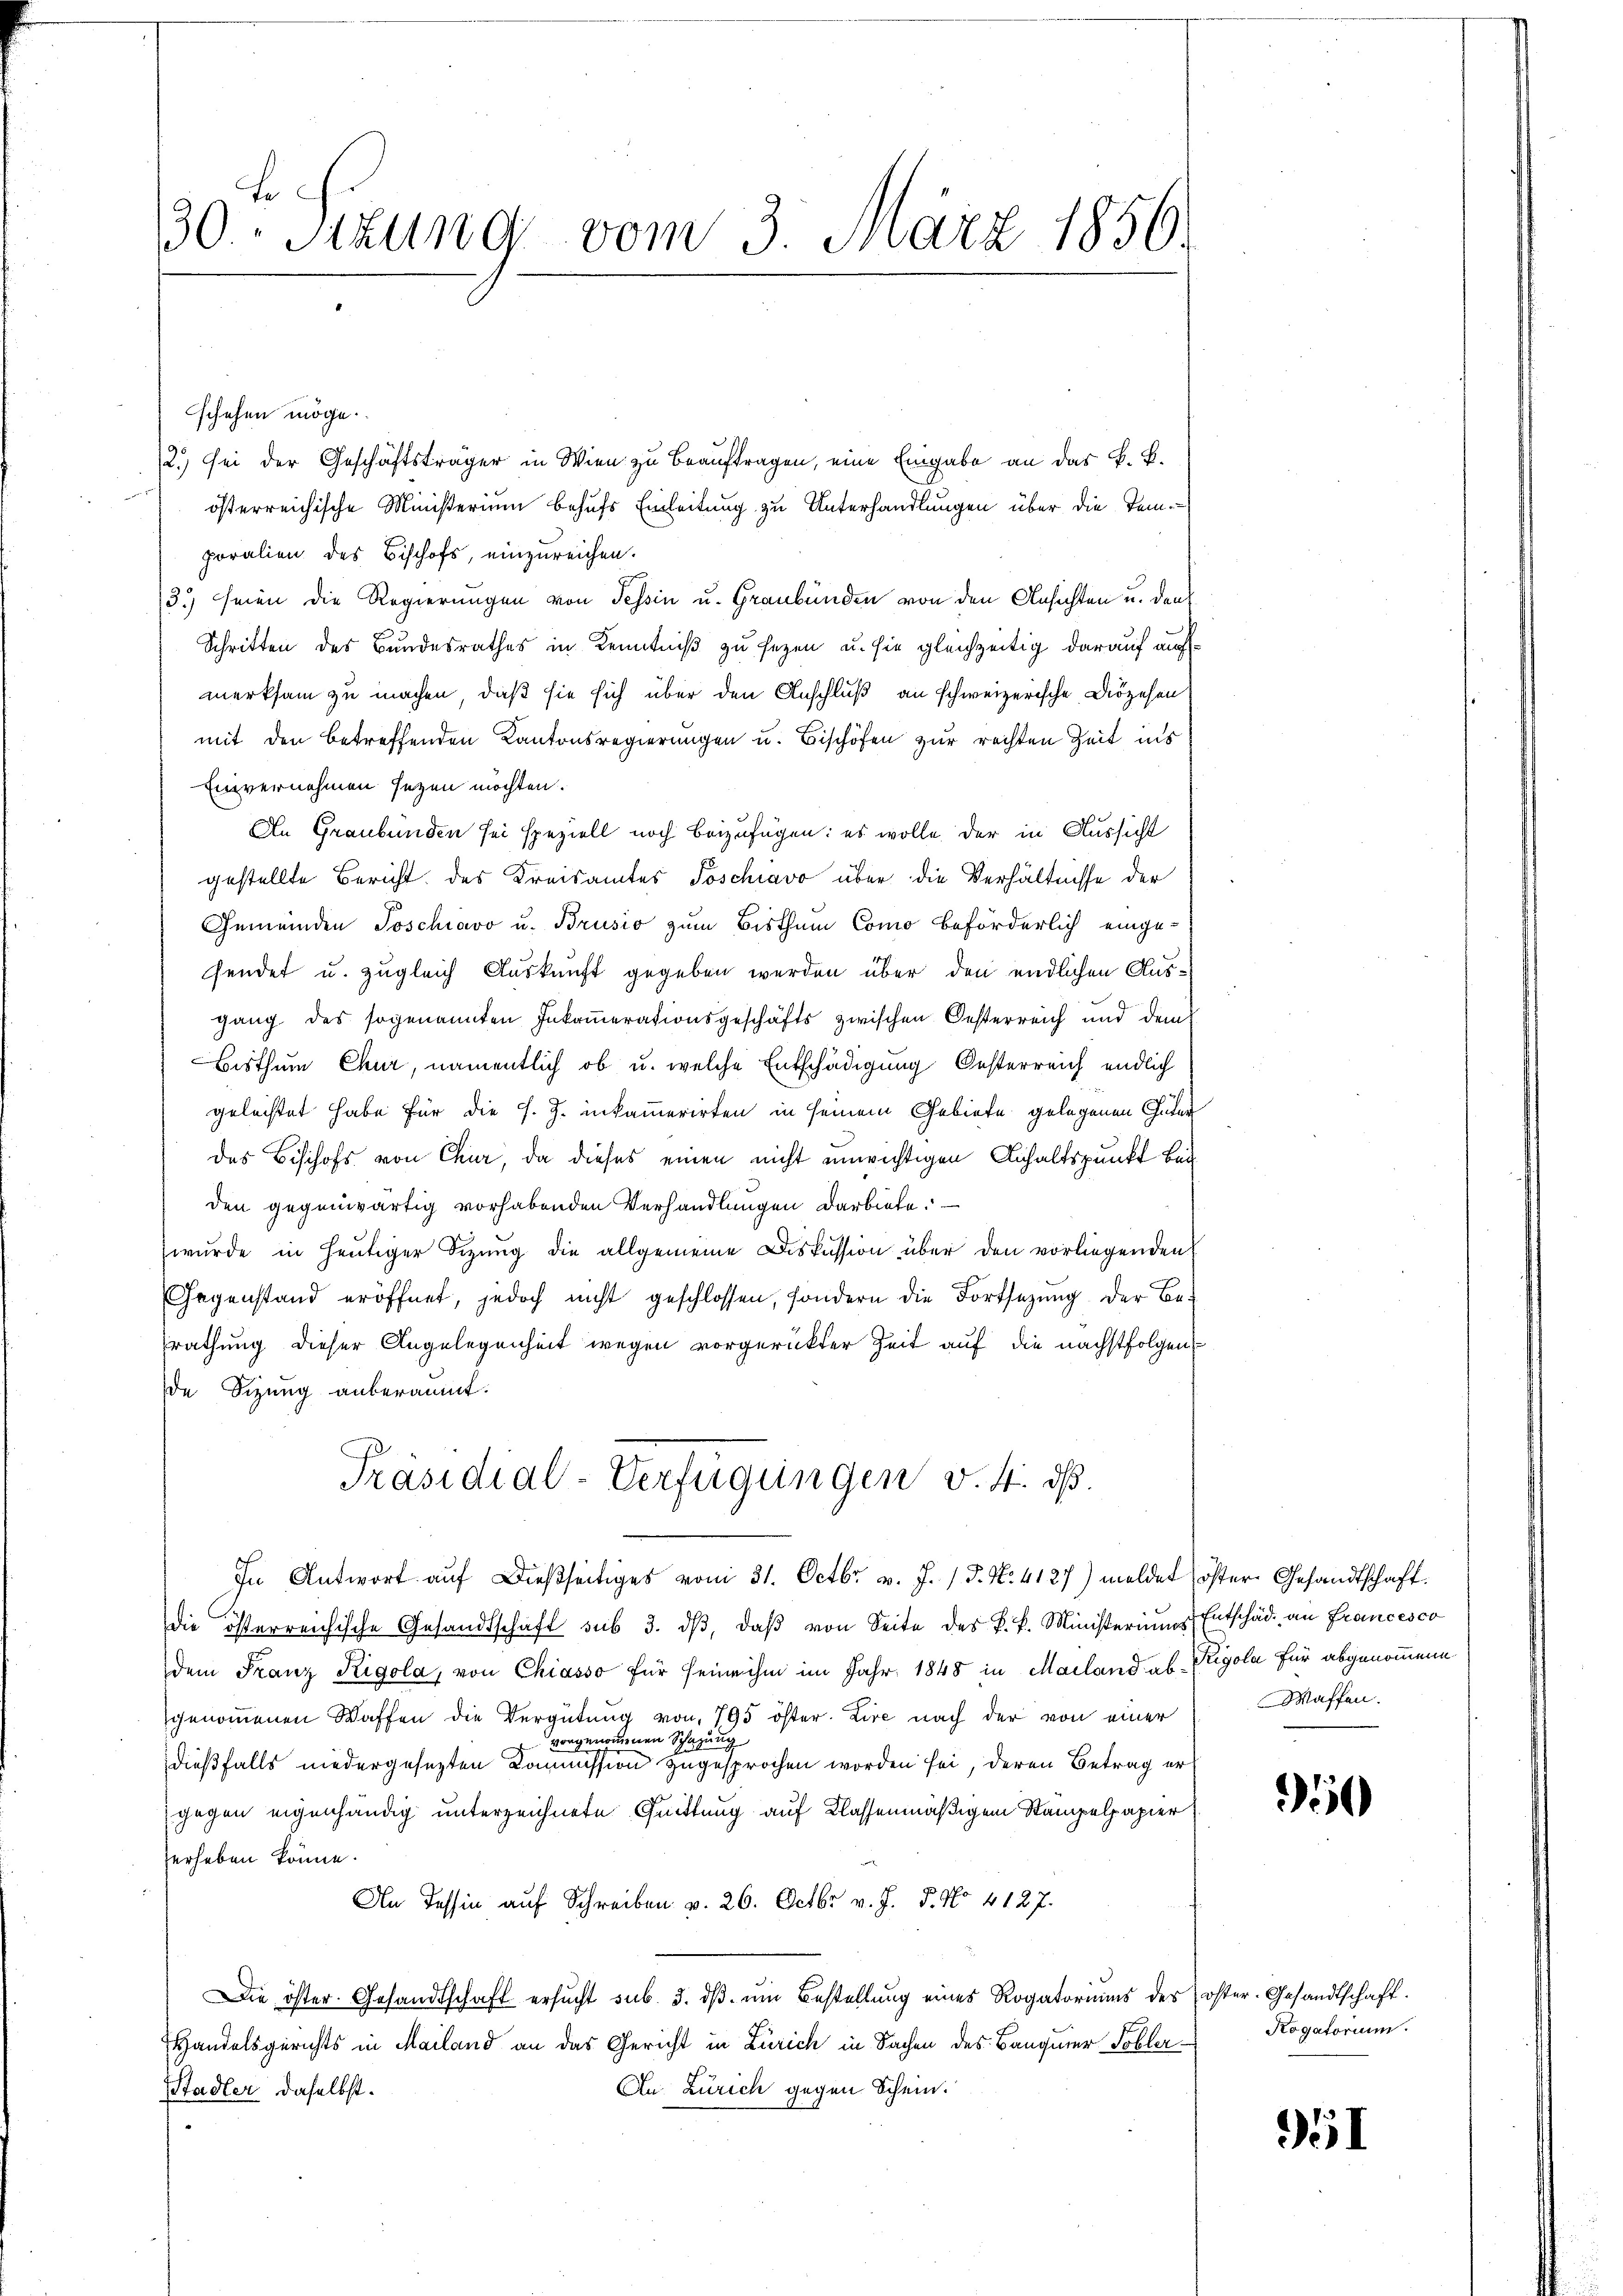
.
30. Sitzung vom 3. Juärz 1856.

schehen möge.
2.) Sei der Geschäftsträger in Wien zu beauftragen, eine Eingabe an das k. k.
österreichische Ministerium behufs Einleitung zu Unterhandlungen über die Temporalien des Bischofs, einzureichen.
3.) seien die Regierungen von Tessin u. Graubünden von den Ansichten u. den
Schritten des Bundesrathes in Kenntniß zu sezen, u. sie gleichzeitig darauf aufmerksam zu machen, daß sie sich über den Anschluß an schweizerische Diözesen
mit den betreffenden Kantonsregierungen u. Bischöfen zur rechten Zeit ins
Einvernehmen setzen möchten.
An Graubünden sei speziell noch beizufügen: es wolle der in Aussicht
gestellte Bericht des Kreisamtes Poschiavo über die Verhältnisse der
Gemeinden Poschiavo u. Brusio zum Bisthum Como beförderlich einge-
sendet u. zugleich Auskunft gegeben werden über den endlichen Ausgang des sogenannten Inkommerationsgeschäfts zwischen Oesterreich und dem
Bisthum Chur, namentlich ob u. welche Entschädigung Oesterreich endlich
geleistet habe für die f. J. inkammerirten in seinem Gebiete gelegenen Güter
des Bischofs von Chur, da dieses einen nicht unwichtigen Anhaltspunkt beiden gegenwärtig vorhabenden Verhandlungen darbiete. —
wurde in heutiger Sizung die allgemeine Diskussion über den vorliegenden
Gegenstand eröffnet, jedoch nicht geschlossen, sondern die Fortsetzung der Be-
rathung dieser Angelegenheit wegen vorgerückter Zeit auf die nächstfolgen
de Sizung anberaumt.
Präsidial-Verfügungen v. 4. dß.
In Antwort auf dießseitiges vom 31. Octbr. v. J. 18. No. 4127) meldet oster Gesandtschaft.
die österreichische Gesandtschaft sub 3. dβ, daβ von Seite des k. k. Ministeriums Entschäd- an Francesco
dem Franz Rigola, von Chiasso für seine ihm im Jahr 1848 in Mailand ab Rigola für abgenommene
genommenen Waffen die Vergütung von 795 öster. Lire nach der von einer
vorgenommenen Schazung
dießfalls niedergesezten Kommission zugesprochen worden sei, deren Betrag ergegen eigenhändig unterzeichnete Quittung auf Klassenmäßigem Stampelpapier
herheben könne.
An Tessin auf Schreiben v. 26. Octbr. v. J. P. No 4127.
Die öster Gesandtschaft ersŭcht sub. 3. dβ ŭm Bestellŭng eines Rogatoriŭms des öster-Gesandtschaft.
Handelsgerichts in Mailand an das Gericht in Zürich in Sachen des Banquier Tobler
An Zürich gegen Schein.
Stadler daselbst.

Waffen.

350

Rogatorium.

951